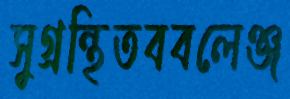
সুগ্রন্থিতববলেঞ্জ